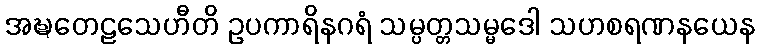
အဍ္ဎတေဠသေဟီတိ ဥပကာရိနဂရံ သမ္ပတ္တသမ္မဒေါ သဟစရဏနယေန